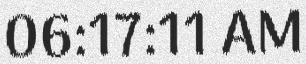
06:17:11 AM